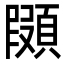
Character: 䫗